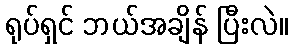
ရုပ်ရှင် ဘယ်အချိန် ပြီးလဲ။